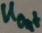
Text: Uout